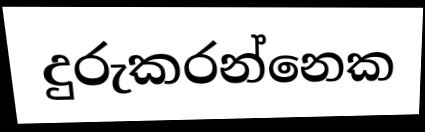
දුරුකරන්නෙක